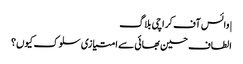
|وائس آف کراچی بلاگ
الطاف حسین بھائی سے امتیازی سلوک کیوں؟